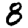
Digit: 8